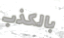
بالكذب